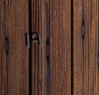
١٩